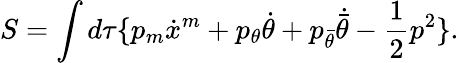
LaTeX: S=\int d\tau\{ p_{m}\dot{x}^{m}+p_{\theta}\dot{\theta}+p_{\bar{\theta}}\dot{\bar{\theta}}-\frac 12p^{2}\} .